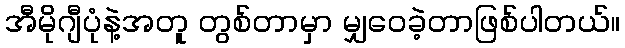
အီမိုဂျီပုံနဲ့အတူ တွစ်တာမှာ မျှဝေခဲ့တာဖြစ်ပါတယ်။